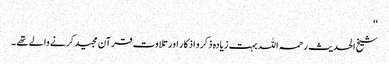
‘‘
شیخ الحدیث رحمہ اللہ بہت زیادہ ذکر و اذکار اور تلاوت قرآن مجید کرنے والے تھے ۔